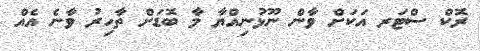
ރޮކް ސްޓަރ އަކަށް ވާން ނޫޅުނިއްޔާ މާ ބޮޑަށް ތާހިރު ވާނެ އެއް